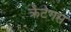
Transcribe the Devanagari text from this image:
क्रैटेगस